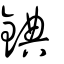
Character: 錪